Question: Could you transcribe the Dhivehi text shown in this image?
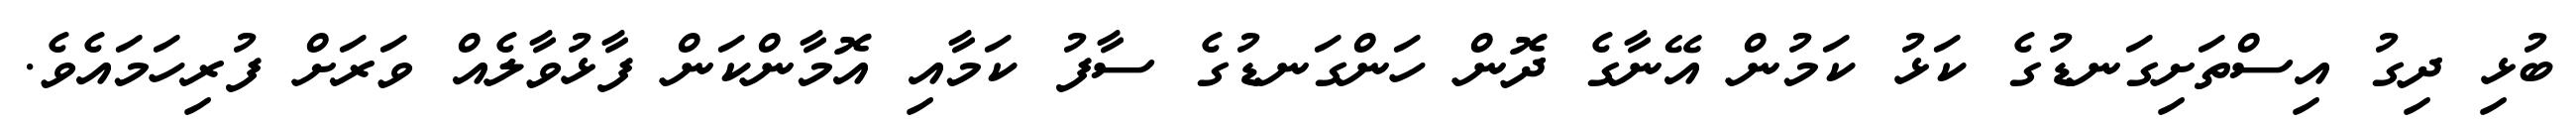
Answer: ބުޅި ދިގު އިސްތަށިގަނޑުގެ ކަޅު ކަމުން އޭނާގެ ދޮން ހަންގަނޑުގެ ސާފު ކަމާއި އޮމާންކަން ފާޅުވާލެއް ވަރަށް ފުރިހަމައެވެ.